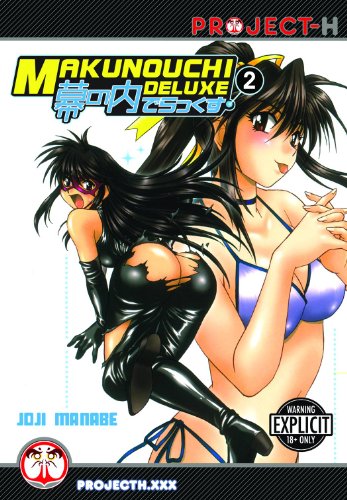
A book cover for Makunouchi Deluxe, Vol. 2; Joji Manabe; Comics & Graphic Novels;